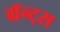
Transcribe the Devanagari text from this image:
ग्रॅन्ट्‍स